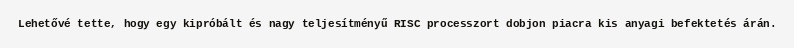
Lehetővé tette, hogy egy kipróbált és nagy teljesítményű RISC processzort dobjon piacra kis anyagi befektetés árán.